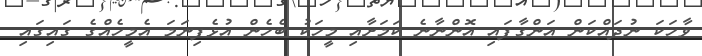
ވާހަކަ ނުދައްކަން އަންގާފައި އޮންނާނެ ކަމަށާއި މީހަކު ބެހެން އުޅެފިނަމަ އެމީހެއްގެ ގައިގައި